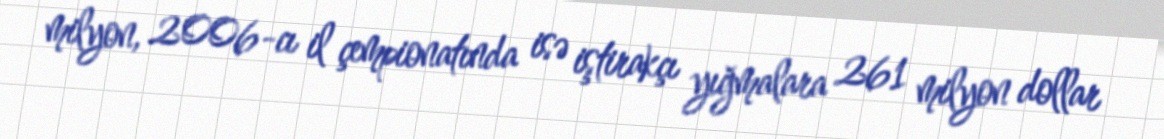
milyon, 2006-cı il çempionatında isə iştirakçı yığmalara 261 milyon dollar